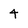
Character: 4